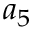
a _ { 5 }